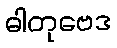
ဓါတုဗေဒ